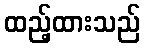
ထည့်ထားသည်